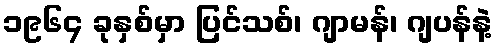
၁၉၆၄ ခုနှစ်မှာ ပြင်သစ်၊ ဂျာမန်၊ ဂျပန်နဲ့